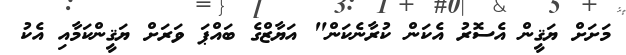
މަށަށް ޔަޤީން އެސޮރު އެކަން ކުރާނެކަން" އަޔާޒްގެ ބައްޕަ ވަރަށް ޔަޤީންކަމާއި އެކު